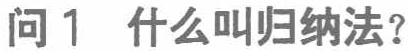
问1 什么叫归纳法？